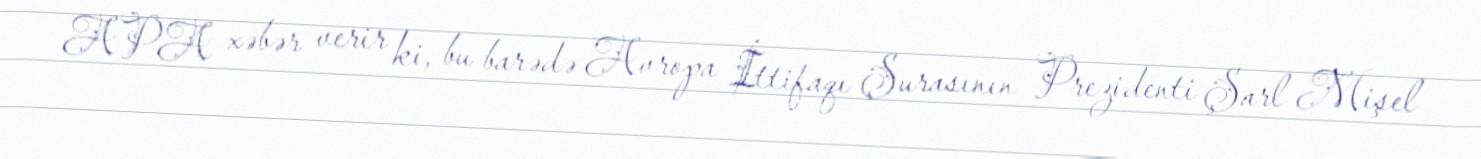
APA xəbər verir ki, bu barədə Avropa İttifaqı Şurasının Prezidenti Şarl Mişel